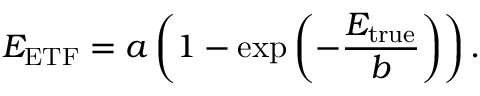
E _ { \mathrm { E T F } } = a \left( 1 - \mathrm { e x p } \left( - \frac { E _ { \mathrm { t r u e } } } { b } \right) \right) .